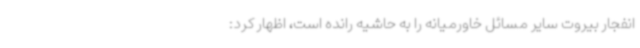
انفجار بیروت سایر مسائل خاورمیانه را به حاشیه رانده است، اظهار کرد: